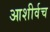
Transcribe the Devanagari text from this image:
आशीर्वच